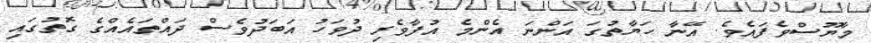
މާޔޫސްވެފައެވެ. އޭނާ ހަޔާތުގަ އަންނަ އެންމެ އުފާވެރި ދުވަހު އަބަދުވެސް ދައްތައެއްގެ ގޮތުގައި